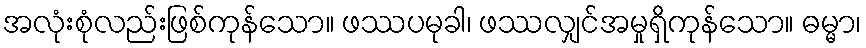
အလုံးစုံလည်းဖြစ်ကုန်သော။ ဖဿပမုခါ၊ ဖဿလျှင်အမှုရှိကုန်သော။ ဓမ္မာ၊